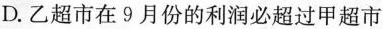
D.乙超市在9月份的利润必超过甲超市